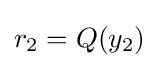
r_{2}=Q(y_{2})